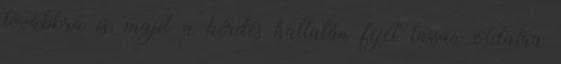
továbbra is, majd a kérdés hallatán fejét lassan oldalra